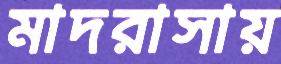
মাদরাসায়